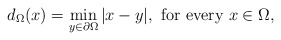
\begin{align*}d_\Omega(x)=\min_{y\in\partial\Omega} |x-y|,\mbox{ for every }x\in\Omega,\end{align*}